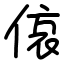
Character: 偯